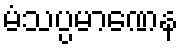
မံသပ္ပမာဏေန